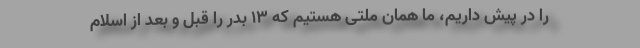
را در پیش داریم، ما همان ملتی هستیم که 13 بدر را قبل و بعد از اسلام